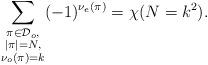
LaTeX: \begin{align*}\sum_{\substack{\pi\in\mathcal{D}_o,\\ |\pi|=N,\\ \nu_o(\pi)=k}} (-1)^{\nu_e(\pi)} = \chi(N=k^2).\end{align*}